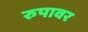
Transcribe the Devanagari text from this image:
रुपावर